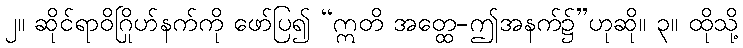
၂။ ဆိုင်ရာဝိဂြိုဟ်နက်ကို ဖော်ပြ၍ “ဣတိ အတ္ထေ-ဤအနက်၌”ဟုဆို။ ၃။ ထိုသို့